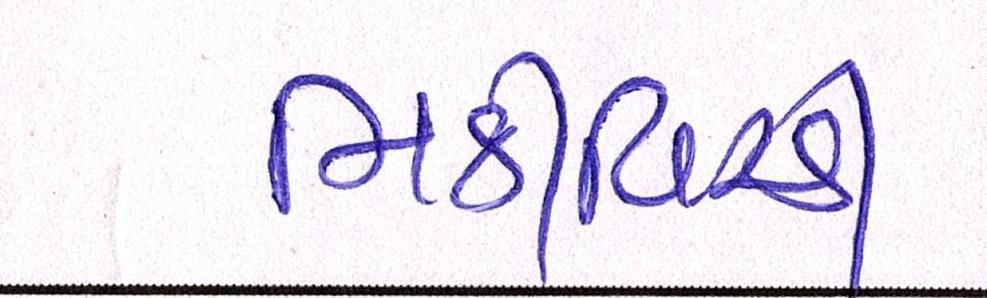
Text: મિઠીવિરડી